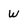
Character: W